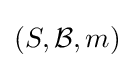
(S,{\mathcal {B}},m)